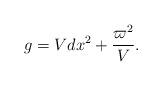
LaTeX: \begin{align*}g = Vdx^2+\frac{\varpi^2}{V}.\end{align*}